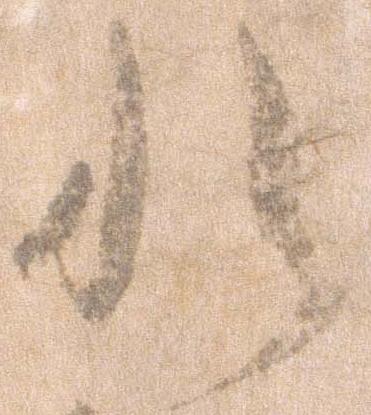
れ